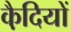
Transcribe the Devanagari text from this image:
कै़दियों